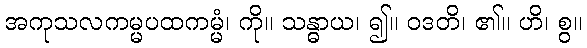
အကုသလကမ္မပထကမ္မံ၊ ကို။ သန္ဓာယ၊ ၍။ ဝဒတိ၊ ၏။ ဟိ၊ စွ။